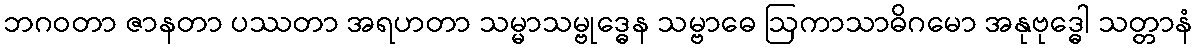
ဘဂဝတာ ဇာနတာ ပဿတာ အရဟတာ သမ္မာသမ္ဗုဒ္ဓေန သမ္ဗာဓေ ဩကာသာဓိဂမော အနုဗုဒ္ဓေါ သတ္တာနံ